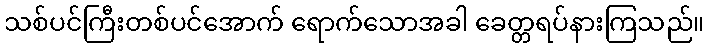
သစ်ပင်ကြီးတစ်ပင်အောက် ရောက်သောအခါ ခေတ္တရပ်နားကြသည်။